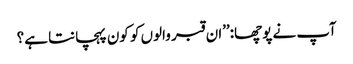
آپ نے پوچھا:’’ان قبر والوں کو کون پہچانتا ہے؟